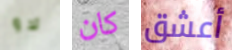
لاو كان أعشق